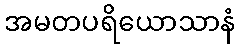
အမတပရိယောသာနံ